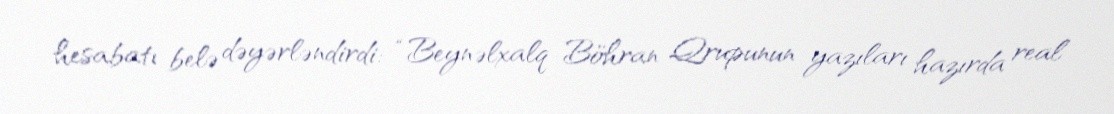
hesabatı belə dəyərləndirdi: “Beynəlxalq Böhran Qrupunun yazıları hazırda real